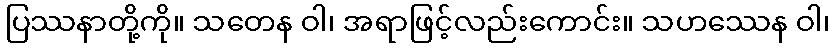
ပြဿနာတို့ကို။ သတေန ဝါ၊ အရာဖြင့်လည်းကောင်း။ သဟဿေန ဝါ၊